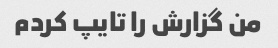
من گزارش را تایپ کردم